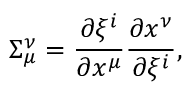
\Sigma _ { \mu } ^ { \nu } = { \frac { \partial \xi ^ { i } } { \partial x ^ { \mu } } } { \frac { \partial x ^ { \nu } } { \partial \xi ^ { i } } } ,